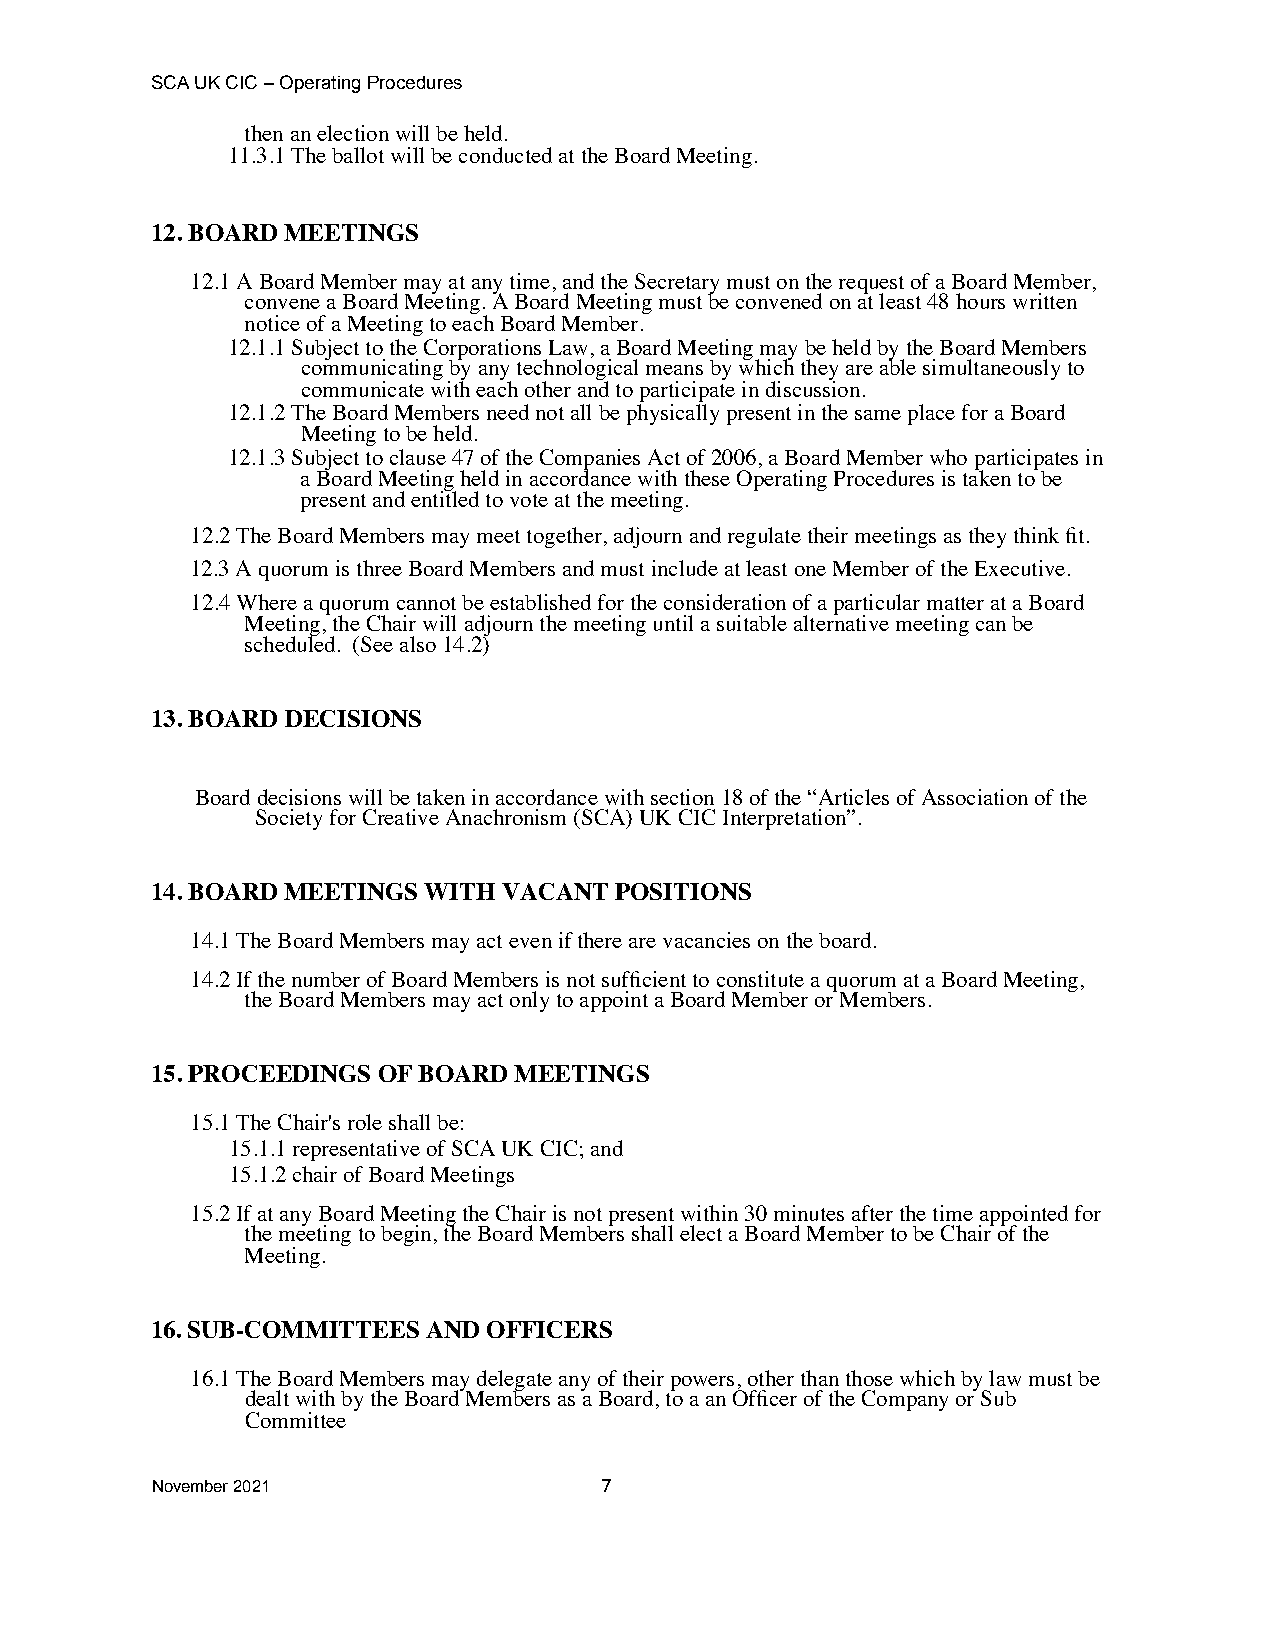
SCA UK CIC – Operating Procedures
 then an election will be held.
 11.3.1 The ballot will be conducted at the Board Meeting.
 12. BOARD MEETINGS
 12.1 A Board Member may at any time, and the Secretary must on the request of a Board Member,
 convene a Board Meeting. A Board Meeting must be convened on at least 48 hours written
 notice of a Meeting to each Board Member.
 12.1.1 Subject to the Corporations Law, a Board Meeting may be held by the Board Members
 communicating by any technological means by which they are able simultaneously to
 communicate with each other and to participate in discussion.
 12.1.2 The Board Members need not all be physically present in the same place for a Board
 Meeting to be held.
 12.1.3 Subject to clause 47 of the Companies Act of 2006, a Board Member who participates in
 a Board Meeting held in accordance with these Operating Procedures is taken to be
 present and entitled to vote at the meeting.
 12.2 The Board Members may meet together, adjourn and regulate their meetings as they think fit.
 12.3 A quorum is three Board Members and must include at least one Member of the Executive.
 12.4 Where a quorum cannot be established for the consideration of a particular matter at a Board
 Meeting, the Chair will adjourn the meeting until a suitable alternative meeting can be
 scheduled. (See also 14.2)
 13. BOARD DECISIONS
 Board decisions will be taken in accordance with section 18 of the “Articles of Association of the
 Society for Creative Anachronism (SCA) UK CIC Interpretation”.
 14. BOARD MEETINGS WITH VACANT POSITIONS
 14.1 The Board Members may act even if there are vacancies on the board.
 14.2 If the number of Board Members is not sufficient to constitute a quorum at a Board Meeting,
 the Board Members may act only to appoint a Board Member or Members.
 15. PROCEEDINGS OF BOARD MEETINGS
 15.1 The Chair's role shall be:
 15.1.1 representative of SCA UK CIC; and
 15.1.2 chair of Board Meetings
 15.2 If at any Board Meeting the Chair is not present within 30 minutes after the time appointed for
 the meeting to begin, the Board Members shall elect a Board Member to be Chair of the
 Meeting.
 16. SUB-COMMITTEES AND OFFICERS
 16.1 The Board Members may delegate any of their powers, other than those which by law must be
 dealt with by the Board Members as a Board, to a an Officer of the Company or Sub
 Committee
 November 2021                 7